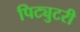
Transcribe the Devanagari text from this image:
पिट्युटरी